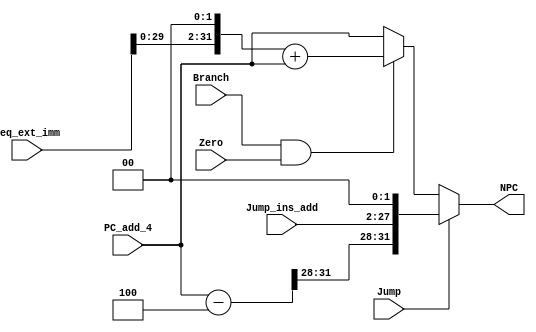
module npc (PC_add_4, Branch, Zero, Jump, Beq_ext_imm, Jump_ins_add, NPC);
    
    input        Branch; 
    input        Zero;  
    input        Jump;   
    
    input [31:0] PC_add_4;
    input [31:0] Beq_ext_imm; // Beq
    input [25:0] Jump_ins_add;  // Jump 

    output reg [31:0] NPC;

    reg [31: 0]  PC;

    always @(*) begin
        if(Jump)//Jump
            begin
                PC  = PC_add_4 - 4;
                NPC = {PC[31:28], Jump_ins_add, 2'b00};
            end
        else if(Branch && Zero)//Beq
            begin
                NPC = (Beq_ext_imm<<2) + PC_add_4;
            end
        else
            NPC = PC_add_4;
    end
endmodule //npc